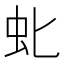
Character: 𫊤